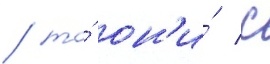
/ то́ он'и́ с